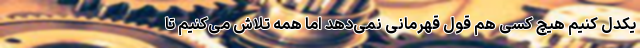
یکدل کنیم هیچ‌ کسی هم قول قهرمانی نمی‌دهد اما همه تلاش می‌کنیم تا